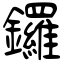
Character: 鑼